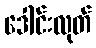
ဒေါင်းလုတ်